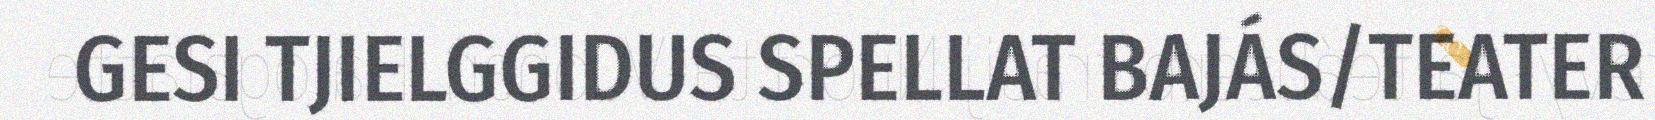
GESI TJIELGGIDUS SPELLAT BAJÁS/TEATER